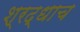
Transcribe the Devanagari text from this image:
श्रद्धाच